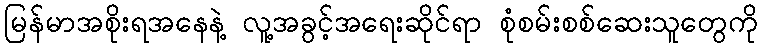
မြန်မာအစိုးရအနေနဲ့ လူ့အခွင့်အရေးဆိုင်ရာ စုံစမ်းစစ်ဆေးသူတွေကို